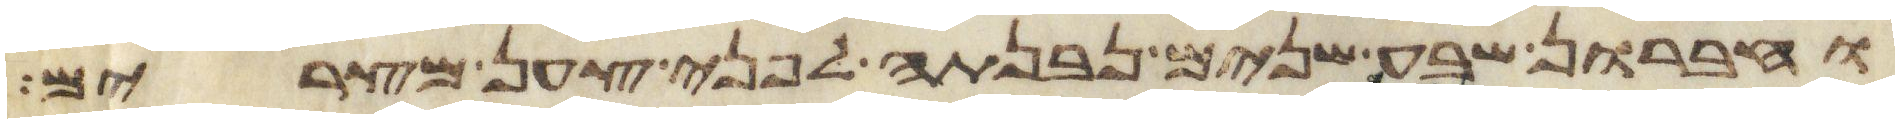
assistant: וחברון שבע שנים נבנתה לפני צען מצרים